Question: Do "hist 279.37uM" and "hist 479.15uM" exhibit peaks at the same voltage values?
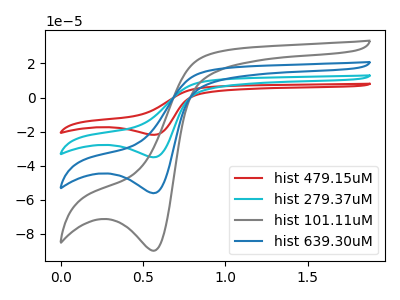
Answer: <think>The red curve "hist 479.15uM" has a cathodic peak at: (0.55V, -168.30uA). The cyan curve "hist 279.37uM" has a cathodic peak at: (0.55V, -112.20uA). The gray curve "hist 101.11uM" has a cathodic peak at: (0.55V, -89.85uA). The blue curve "hist 639.30uM" has a cathodic peak at: (0.55V, -56.10uA).</think>
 <answer>Yes, "hist 279.37uM" have a peak in "hist 479.15uM" at the same potential.</answer>
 <eval>match</eval>